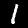
Label: 1